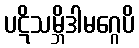
ပဋိသမ္ဘိဒါမဂ္ဂေပိ